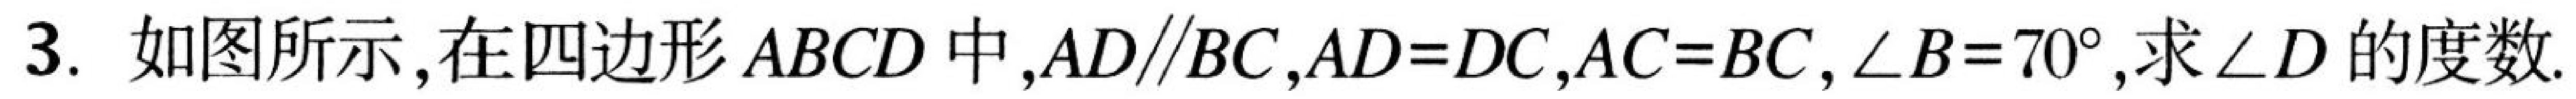
3. 如图所示,在四边形\(ABCD\)中,\(AD\parallel BC\),\(AD = DC\),\(AC = BC\),\(\angle B = 70^{\circ}\),求\(\angle D\)的度数.